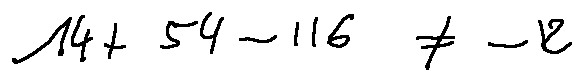
1 4 + 5 4 - 1 1 6 \neq - 1 2